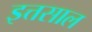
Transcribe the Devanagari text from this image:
इत्तसाल